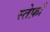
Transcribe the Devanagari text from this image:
स्तेफ़ाँ